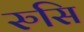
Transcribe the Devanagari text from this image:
रुसि